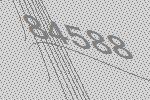
84588